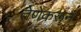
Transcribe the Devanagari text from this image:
तेणेकरून